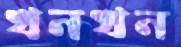
খনখন